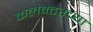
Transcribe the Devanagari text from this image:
कलेक्टरच्या